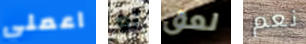
اعملي أو لعق نعم